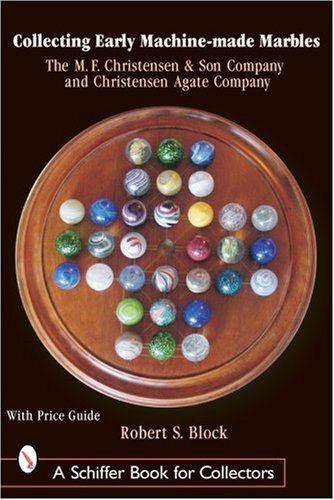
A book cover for Collecting Early Machine-Made Marbles: The M. F. Christensen & Son Company and Christensen Agate Company [Hardcover] [June 2003] (Author) Robert S. Block; Crafts, Hobbies & Home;